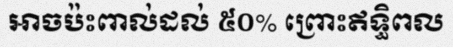
អាចប៉ះពាល់ដល់ ៥០% ព្រោះឥទ្ធិពល